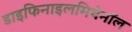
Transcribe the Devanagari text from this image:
डाइफिनाइलमिथेनॉल